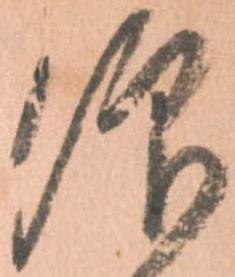
仰